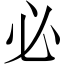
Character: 必